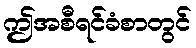
ဤအစီရင်ခံစာတွင်